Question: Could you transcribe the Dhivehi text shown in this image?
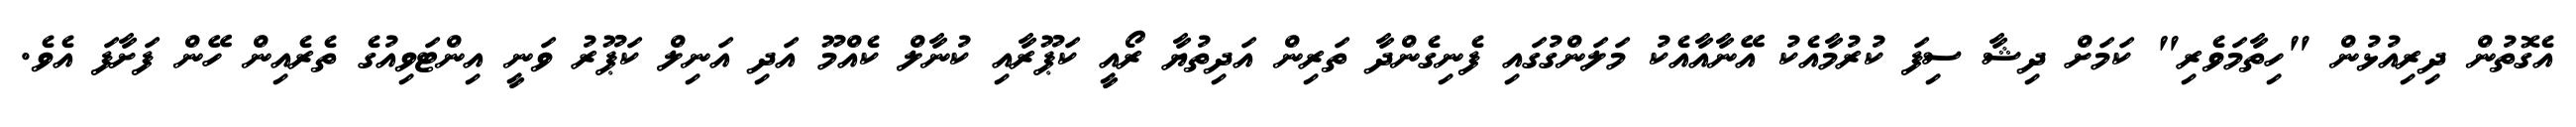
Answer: އެގޮތުން ދިރިއުޅުން "ހިތާމަވެރި" ކަމަށް ދިޝާ ސިފަ ކުރުމާއެކު އޭނާއާއެކު މަލަންގުގައި ފެނިގެންދާ ތަރިން އަދިތުޔާ ރޯއީ ކަޕޫރާއި ކުނާލް ކެއްމޫ އަދި އަނިލް ކަޕޫރު ވަނީ އިންޓަވިއުގެ ތެރެއިން ހޭން ފަށާފަ އެވެ.